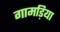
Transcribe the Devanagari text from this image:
गामड़िया